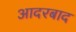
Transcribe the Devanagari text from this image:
आदरबाद